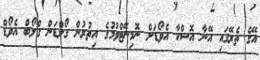
އޭގެ ތެރޭގައި އޭނާ އޮސްކާ އެވޯޑަށް ނޮމިނޭޓްވުމުގެ އިތުރުން ގޯލްޑަން ގްލޯބް އެވޯޑް